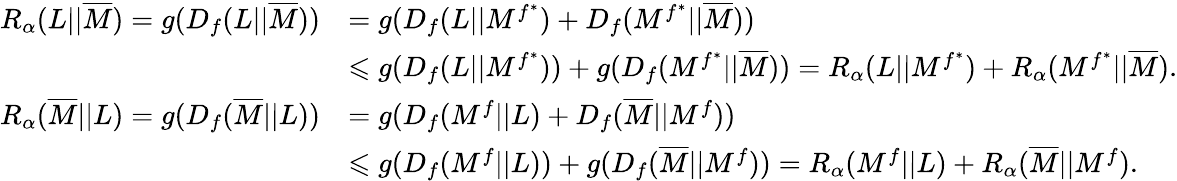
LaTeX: \begin{array}{rl}{R_{\alpha}(L||\overline{{M}})=g(D_{f}(L||\overline{{M}}))}&{=g(D_{f}(L||M^{f^{*}})+D_{f}(M^{f^{*}}||\overline{{M}}))}\\ &{\leqslant g(D_{f}(L||M^{f^{*}}))+g(D_{f}(M^{f^{*}}||\overline{{M}}))=R_{\alpha}(L||M^{f^{*}})+R_{\alpha}(M^{f^{*}}||\overline{{M}}).}\\ {R_{\alpha}(\overline{{M}}||L)=g(D_{f}(\overline{{M}}||L))}&{=g(D_{f}(M^{f}||L)+D_{f}(\overline{{M}}||M^{f}))}\\ &{\leqslant g(D_{f}(M^{f}||L))+g(D_{f}(\overline{{M}}||M^{f}))=R_{\alpha}(M^{f}||L)+R_{\alpha}(\overline{{M}}||M^{f}).}\end{array}